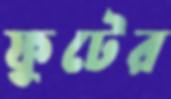
ফুটের